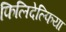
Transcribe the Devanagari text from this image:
फिलिदेल्फिया